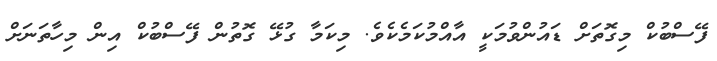
ފޭސްބުކް މިގޮތަށް ޑައުންވުމަކީ އާއްމުކަމެކެވެ. މިކަމާ ގުޅޭ ގޮތުން ފޭސްބުކް އިން މިހާތަނަށް